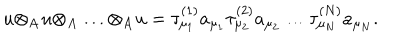
u { \otimes } _ { \bf A } u { \otimes } _ { \bf A } \ldots { \otimes } _ { \bf A } u = { \tau } _ { { \mu } _ { 1 } } ^ { ( 1 ) } a _ { { \mu } _ { 1 } } { \tau } _ { { \mu } _ { 2 } } ^ { ( 2 ) } a _ { { \mu } _ { 2 } } \ldots { \tau } _ { { \mu } _ { N } } ^ { ( N ) } a _ { { \mu } _ { N } } .